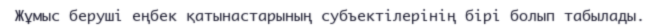
Жұмыс беруші еңбек қатынастарының субъектілерінің бірі болып табылады.